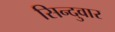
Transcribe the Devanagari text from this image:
सिन्दुवार